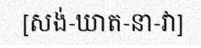
[សង់-ឃាត-នា-វា]